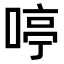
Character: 𠷥